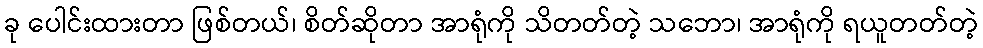
ခု ပေါင်းထားတာ ဖြစ်တယ်၊ စိတ်ဆိုတာ အာရုံကို သိတတ်တဲ့ သဘော၊ အာရုံကို ရယူတတ်တဲ့